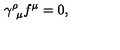
\gamma _ { \ \mu } ^ { \rho } f ^ { \mu } = 0 ,